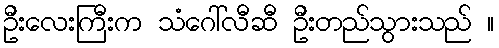
ဦးလေးကြီးက သံဂေါ်လီဆီ ဦးတည်သွားသည် ။